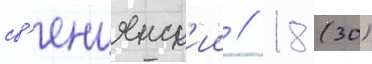
св'енцянск'ии // 18 (30)